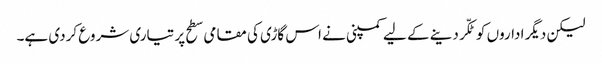
لیکن دیگر اداروں کو ٹکّر دینے کے لیے کمپنی نے اس گاڑی کی مقامی سطح پر تیاری شروع کردی ہے۔